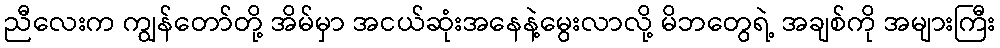
ညီလေးက ကျွန်တော်တို့ အိမ်မှာ အငယ်ဆုံးအနေနဲ့မွေးလာလို့ မိဘတွေရဲ့ အချစ်ကို အများကြီး